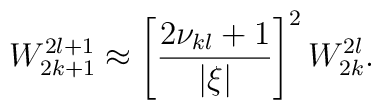
W_{2k+1}^{2l+1}\approx\left[\frac {2\nu_{kl}+1}{|\xi |}\right]^2W_{2k}^{2l}.